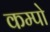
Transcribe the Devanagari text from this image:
कम्पो